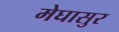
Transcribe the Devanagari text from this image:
मेघासुर